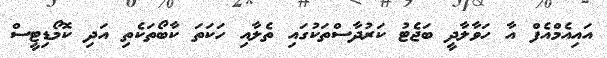
އައިއެމްއެފް އާ ހަވާލާދީ ބަޖެޓު ކަރުދާސްތަކުގައި ތެލާއި ހަކަތަ ކާބޯތަކެތި އަދި ކޮމޯޑިޓީސް